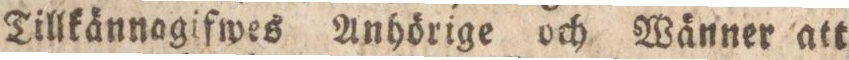
Tillkännagifwes Anhörige och Wänner att